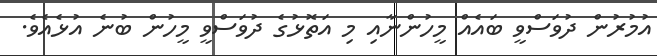
އުމުރުން ދުވަސްވީ ބައެއް މީހުންނާއި މި އަތޮޅުގެ ދުވަސްވީ މީހުން ބުނެ އުޅެއެވެ.